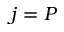
j = P